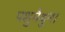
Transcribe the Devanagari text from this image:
पशुमैथुन।